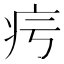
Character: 疞